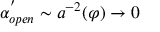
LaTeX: \alpha _ { o p e n } ^ { ^ { \prime } } \sim a ^ { - 2 } ( \varphi ) \rightarrow 0